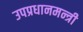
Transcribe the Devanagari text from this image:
उपप्रधानमन्त्री